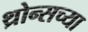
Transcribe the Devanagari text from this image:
थ्रोन्सच्या